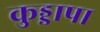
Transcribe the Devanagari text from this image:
कुड्डापा